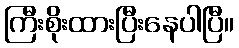
ကြီးစိုးထားပြီးနေပါပြီ။